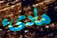
هادىء